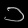
Digit: ၁